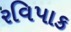
રવિપાક